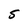
Character: S